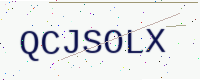
Text: QCJSOLX